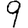
Digit: 9